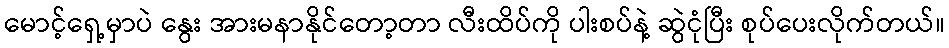
မောင့်ရှေ့မှာပဲ နွေး အားမနာနိုင်တော့တာ လီးထိပ်ကို ပါးစပ်နဲ့ ဆွဲငုံပြီး စုပ်ပေးလိုက်တယ်။